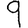
Digit: 9